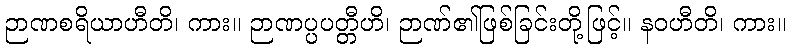
ဉာဏစရိယာဟီတိ၊ ကား။ ဉာဏပ္ပပတ္တီဟိ၊ ဉာဏ်၏ဖြစ်ခြင်းတို့ဖြင့်။ နဝဟီတိ၊ ကား။